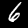
Label: 6